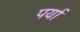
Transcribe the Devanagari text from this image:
पर्या